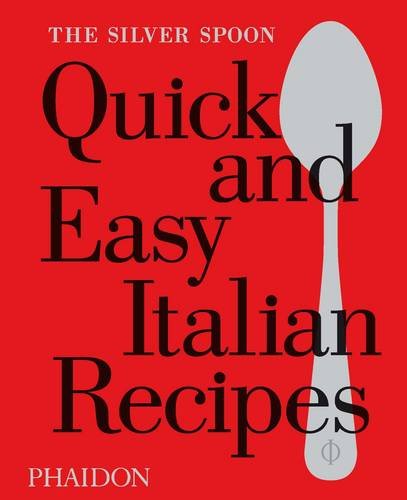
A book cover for The Silver Spoon Quick and Easy Italian Recipes; The Silver Spoon Kitchen; Cookbooks, Food & Wine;